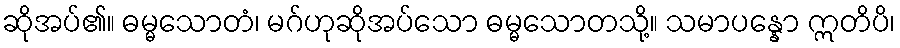
ဆိုအပ်၏။ ဓမ္မသောတံ၊ မဂ်ဟုဆိုအပ်သော ဓမ္မသောတသို့။ သမာပန္နော ဣတိပိ၊